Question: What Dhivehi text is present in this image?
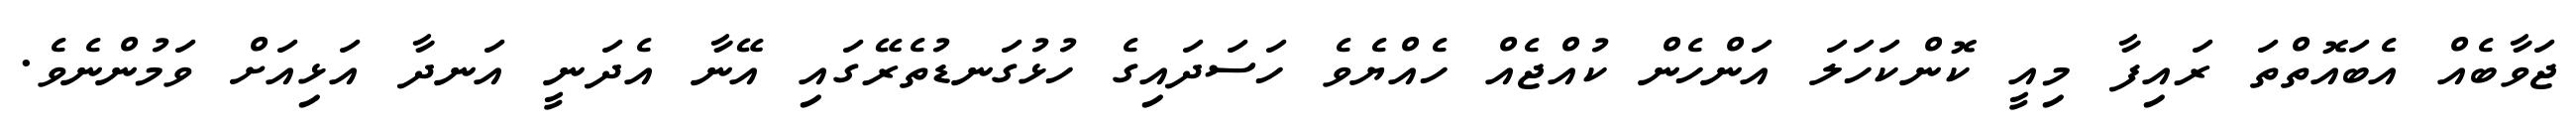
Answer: ޖަވާބެއް އެބައޮތްތަ ރައިފާ މިއީ ކޮންކަހަލަ އަންހެން ކުއްޖެއް ހެއްޔެވެ ހަސަދައިގެ ހުޅުގަނޑުތެރޭގައި އޭނާ އެދަނީ އަނދާ އަޅިއަށް ވަމުންނެވެ.